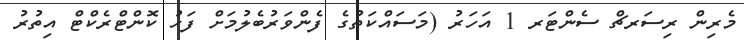
މެރިން ރިސަރޗް ސެންޓަރ 1 އަހަރު (މަސައްކަތުގެ ފެންވަރުބެލުމަށް ފަހު ކޮންޓްރެކްޓް އިތުރު